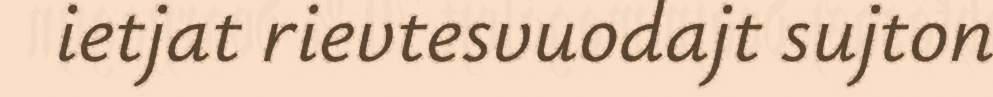
ietjat rievtesvuodajt sujton